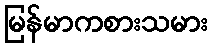
မြန်မာကစားသမား